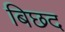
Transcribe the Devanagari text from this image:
बिछद